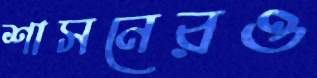
শাসনেরও